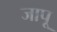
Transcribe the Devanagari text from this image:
जापू